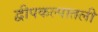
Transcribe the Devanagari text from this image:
द्वीपकल्पातली